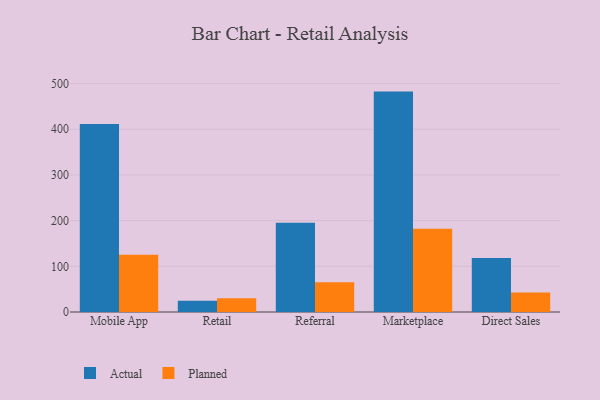
{"axis": {"x": "Channel", "y": "Tickets Resolved"}, "legend": ["Actual", "Planned"], "data": [{"x": "Mobile App", "y": 411.7, "type": "Actual"}, {"x": "Mobile App", "y": 125.4, "type": "Planned"}, {"x": "Retail", "y": 24.5, "type": "Actual"}, {"x": "Retail", "y": 30.1, "type": "Planned"}, {"x": "Referral", "y": 195.5, "type": "Actual"}, {"x": "Referral", "y": 65.0, "type": "Planned"}, {"x": "Marketplace", "y": 482.4, "type": "Actual"}, {"x": "Marketplace", "y": 182.3, "type": "Planned"}, {"x": "Direct Sales", "y": 118.2, "type": "Actual"}, {"x": "Direct Sales", "y": 42.6, "type": "Planned"}]}